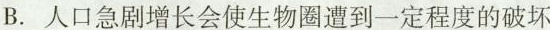
B.人口急剧增长会使生物圈遭到一定程度的破坏